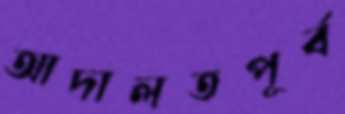
আদালতপূর্ব